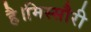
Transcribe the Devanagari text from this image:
है।मिस्सौरी